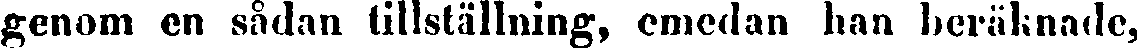
genom en sådnn tillställning, emedan han beräknade,